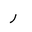
Letter: _ra